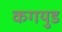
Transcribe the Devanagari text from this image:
कगयुड